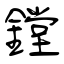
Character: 鏜